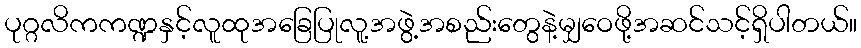
ပုဂ္ဂလိကကဏ္ဍနှင့်လူထုအခြေပြုလူ့အဖွဲ့အစည်းတွေနဲ့မျှဝေဖို့အဆင်သင့်ရှိပါတယ်။